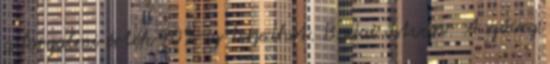
a forgalmi érték 90%-ig terjedhet. Budai István: A szöveg